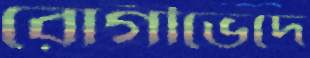
রোগীভেদে